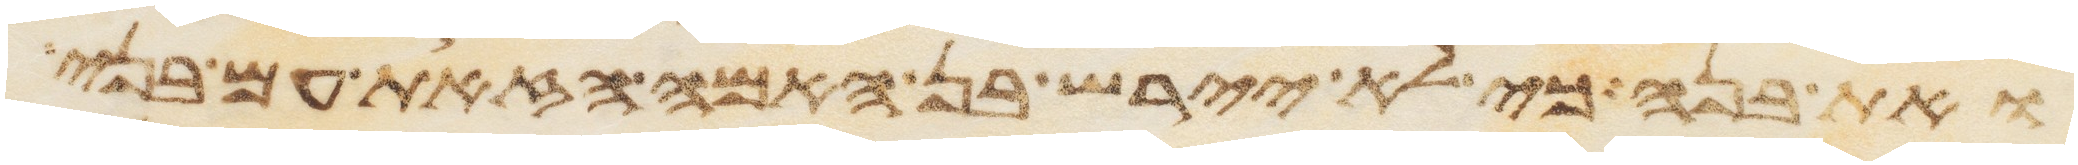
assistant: ואת בנה כי לא יירש בן האמה הזאת עם בני